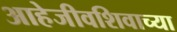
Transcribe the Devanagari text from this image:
आहेजीवशिवाच्या